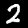
Digit: 2